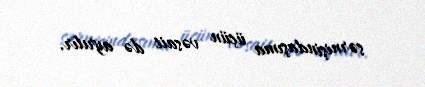
sərnişindaşıma üçün vəsait də ayrılır.